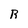
Character: R